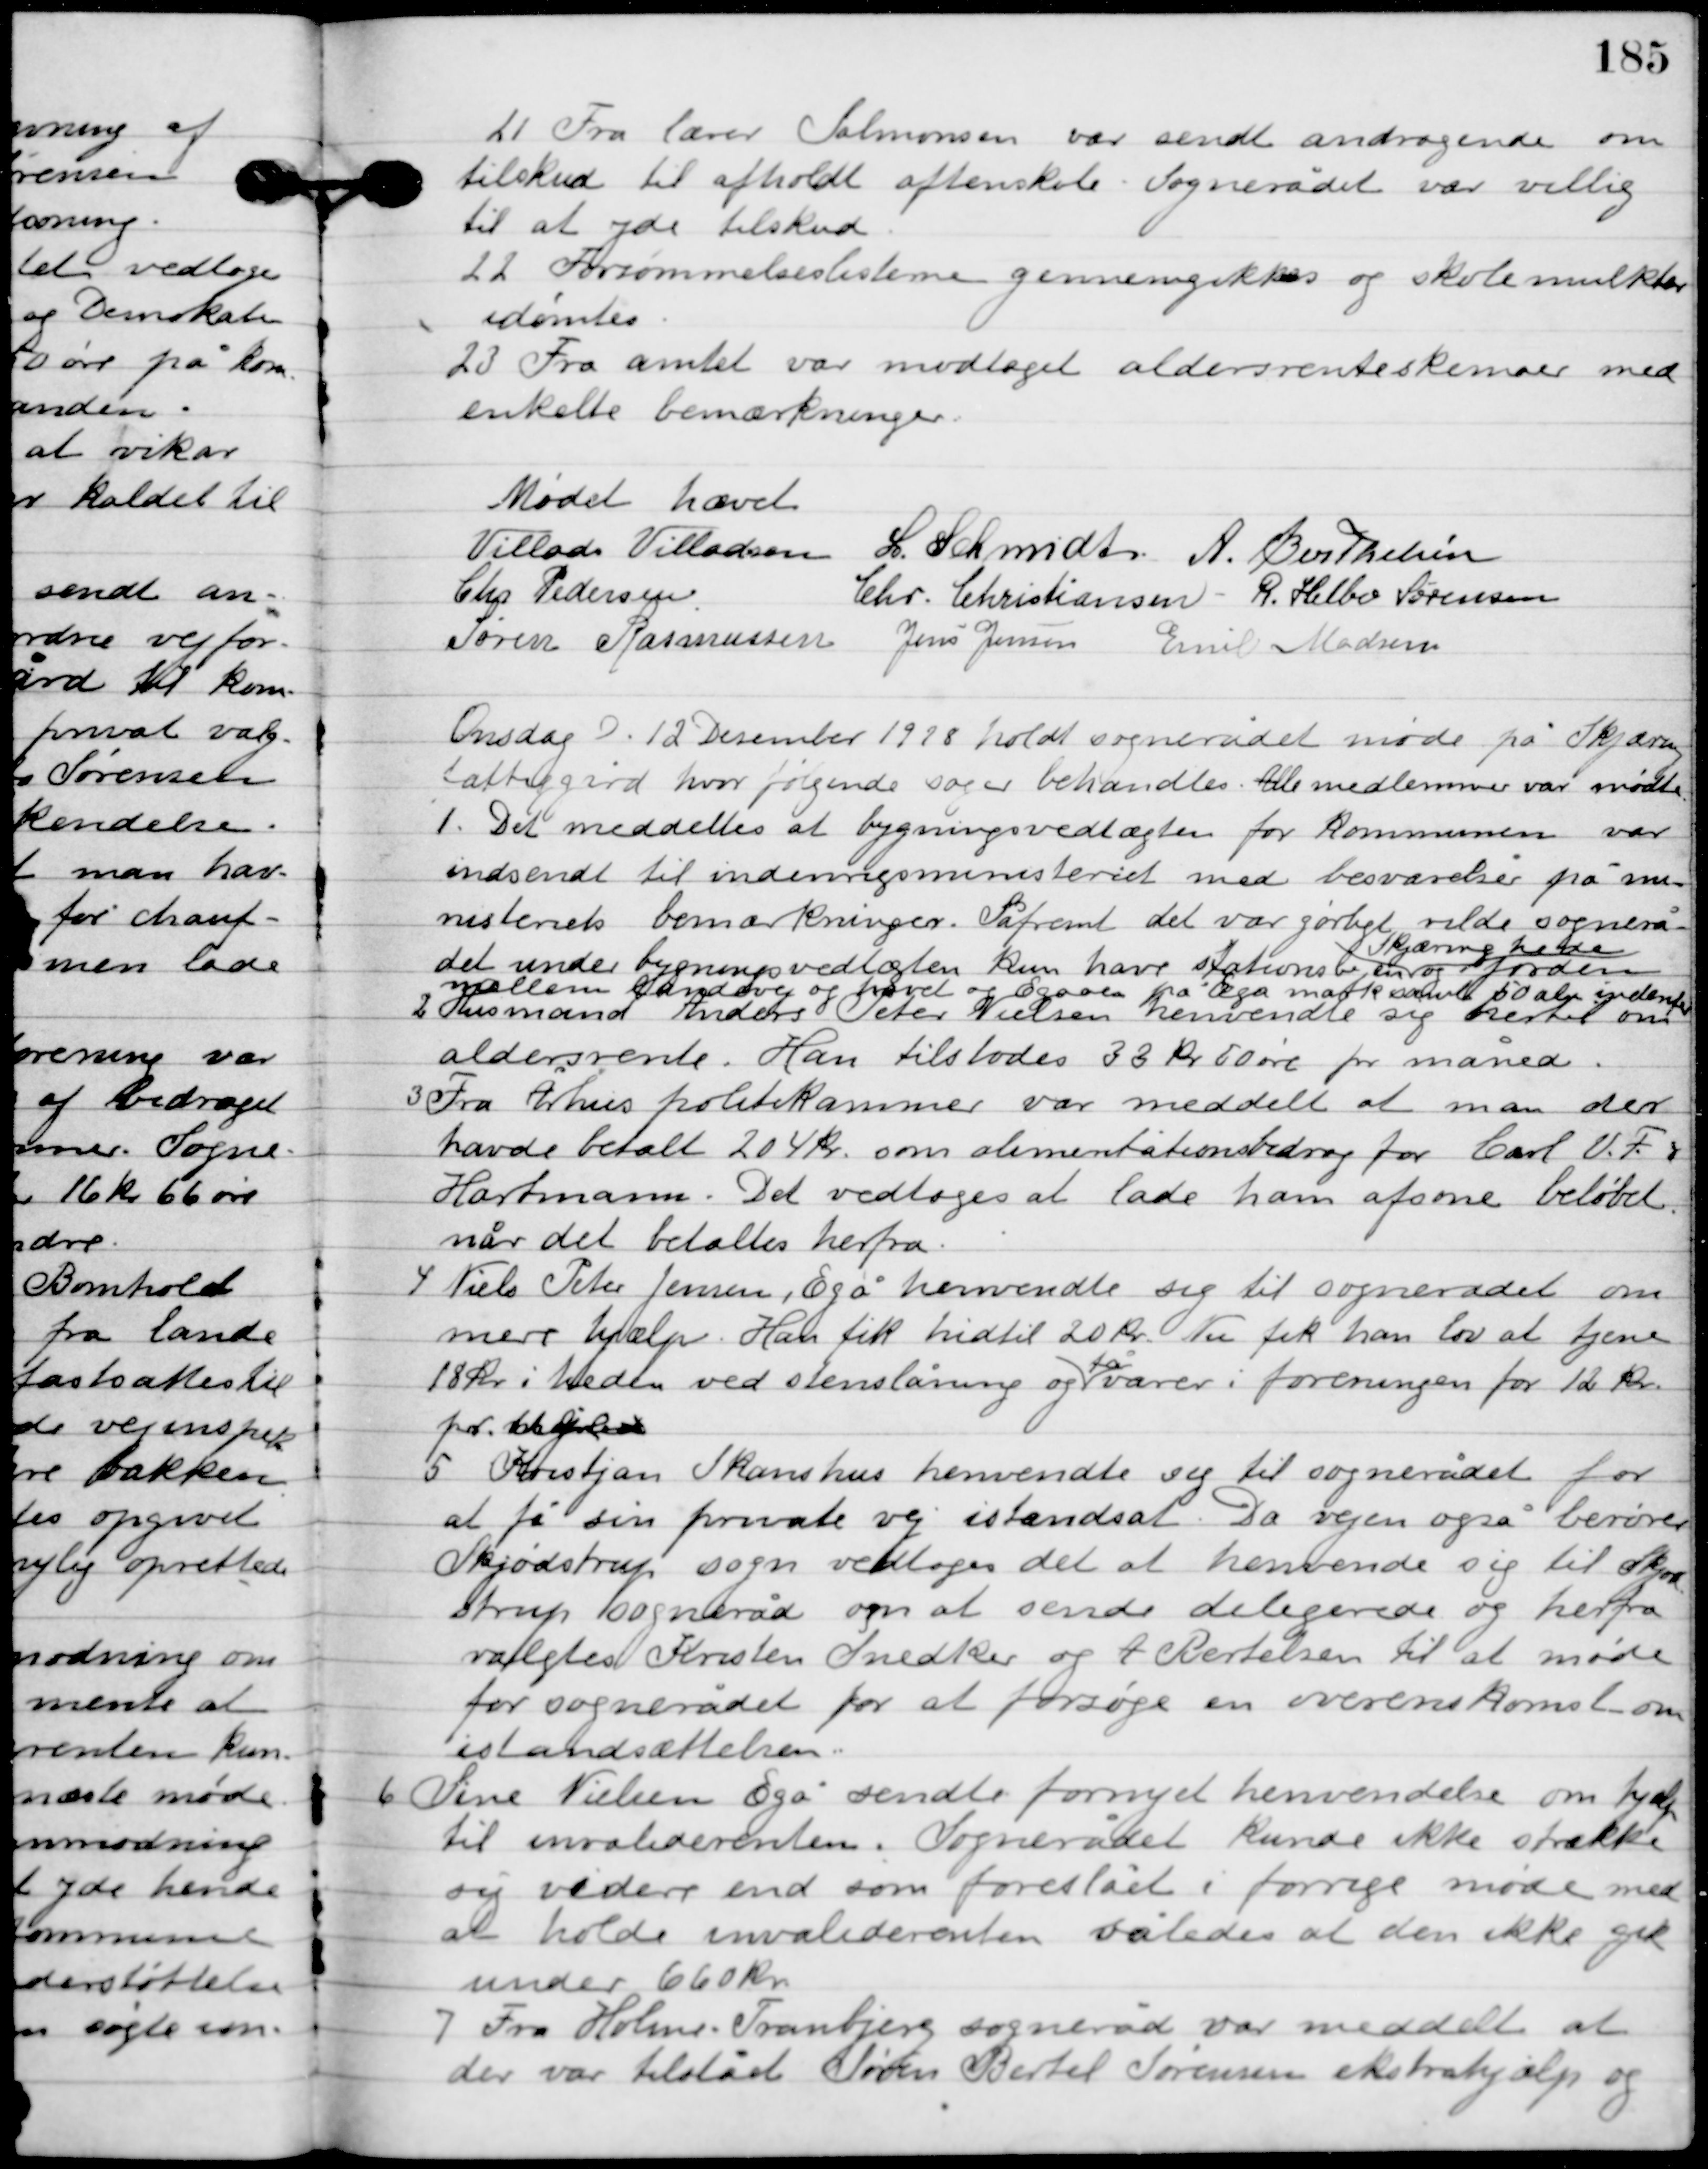
Transskription:
1

Fra lærer Salmonsen var sendt andragende om
tilskud til afholdt aftenskole. Sognerådet var villig
til at yde tilskud.

2

Forsømmelseslisterne gennemgikkes og skolemulkter
idømtes.

3

Fra amtet var modtaget aldersrenteskemaer med
enkelte bemærkninger.

Mødet hævet

Villads J. Villadsen
I. Schmidt
A. Berthelsen
Chr. Pedersen
Chr. Christiansen
R. Helbo Sørensen
Søren Rasmussen
Jens Jensen
Emil Madsen

Onsdag D. 12. December 1928. holdt sognerådet møde på Skjæring
fattiggård, hvor følgende sager behandledes. Alle medlemmer var mødte.

1

Det meddeltes at bygningsvedtægten for kommunen var 
indsendt til indenrigsministeriet med besvarelse på mi-
nisteriets bemærkninger. Såfremt det var gørligt vilde sognerå-
det under bygningsvedtægten kun have stationsbyen, 
Skæring hede
og jorden
mellem landevejen og havet og Egåen på Egå mark samt 50 alen indenfor

2

Husmand Anders Peter Nielsen henvendte sig hertil om
aldersrente. Han tilstodes 33 kr. 50 øre pr måned.

3

Fra Århus politikammer var meddelt at man der
havde betalt 20 kr. som alimentationsbidrag for Carl V. F.
Hartmann. Det vedtoges at lade ham afsone beløbet,
når det betaltes herfra.

4

Niels Peter Jensen, Egå henvendte sig til sognerådet om
mere hjælp. Han fik hidtil 20 kr. Nu fik han lov at tjene
18 kr. i heden ved stenslåning og
få
varer i foreningen for 12 kr.
pr. uge.

5

Kristjan Skanshus henvendte sig til sognerådet for
at få sin private vej istandsat. Da vejen også berører
Skjødstrup sogn vedtoges det at henvende sig til Skjød-
strup sogneråd om at sende delegerede og herfra
valgtes Kristen Snedker og A. Bertelsen til at møde
for sognerådet for at forsøge en overenskomst om
istandsættelsen.

6

Sine Nielsen Egå sendte fornyet henvendelse om hjælp
til invaliderenten. Sognerådet kunde ikke strække
sig videre end som foreslået i forrige møde med
at holde invaliderenten således at den ikke gik
under 660 kr.

7

Fra Holme-Tranbjerg sogneråd var meddelt at
der var tilstået Søren Bertel Sørensen ekstra hjælp og